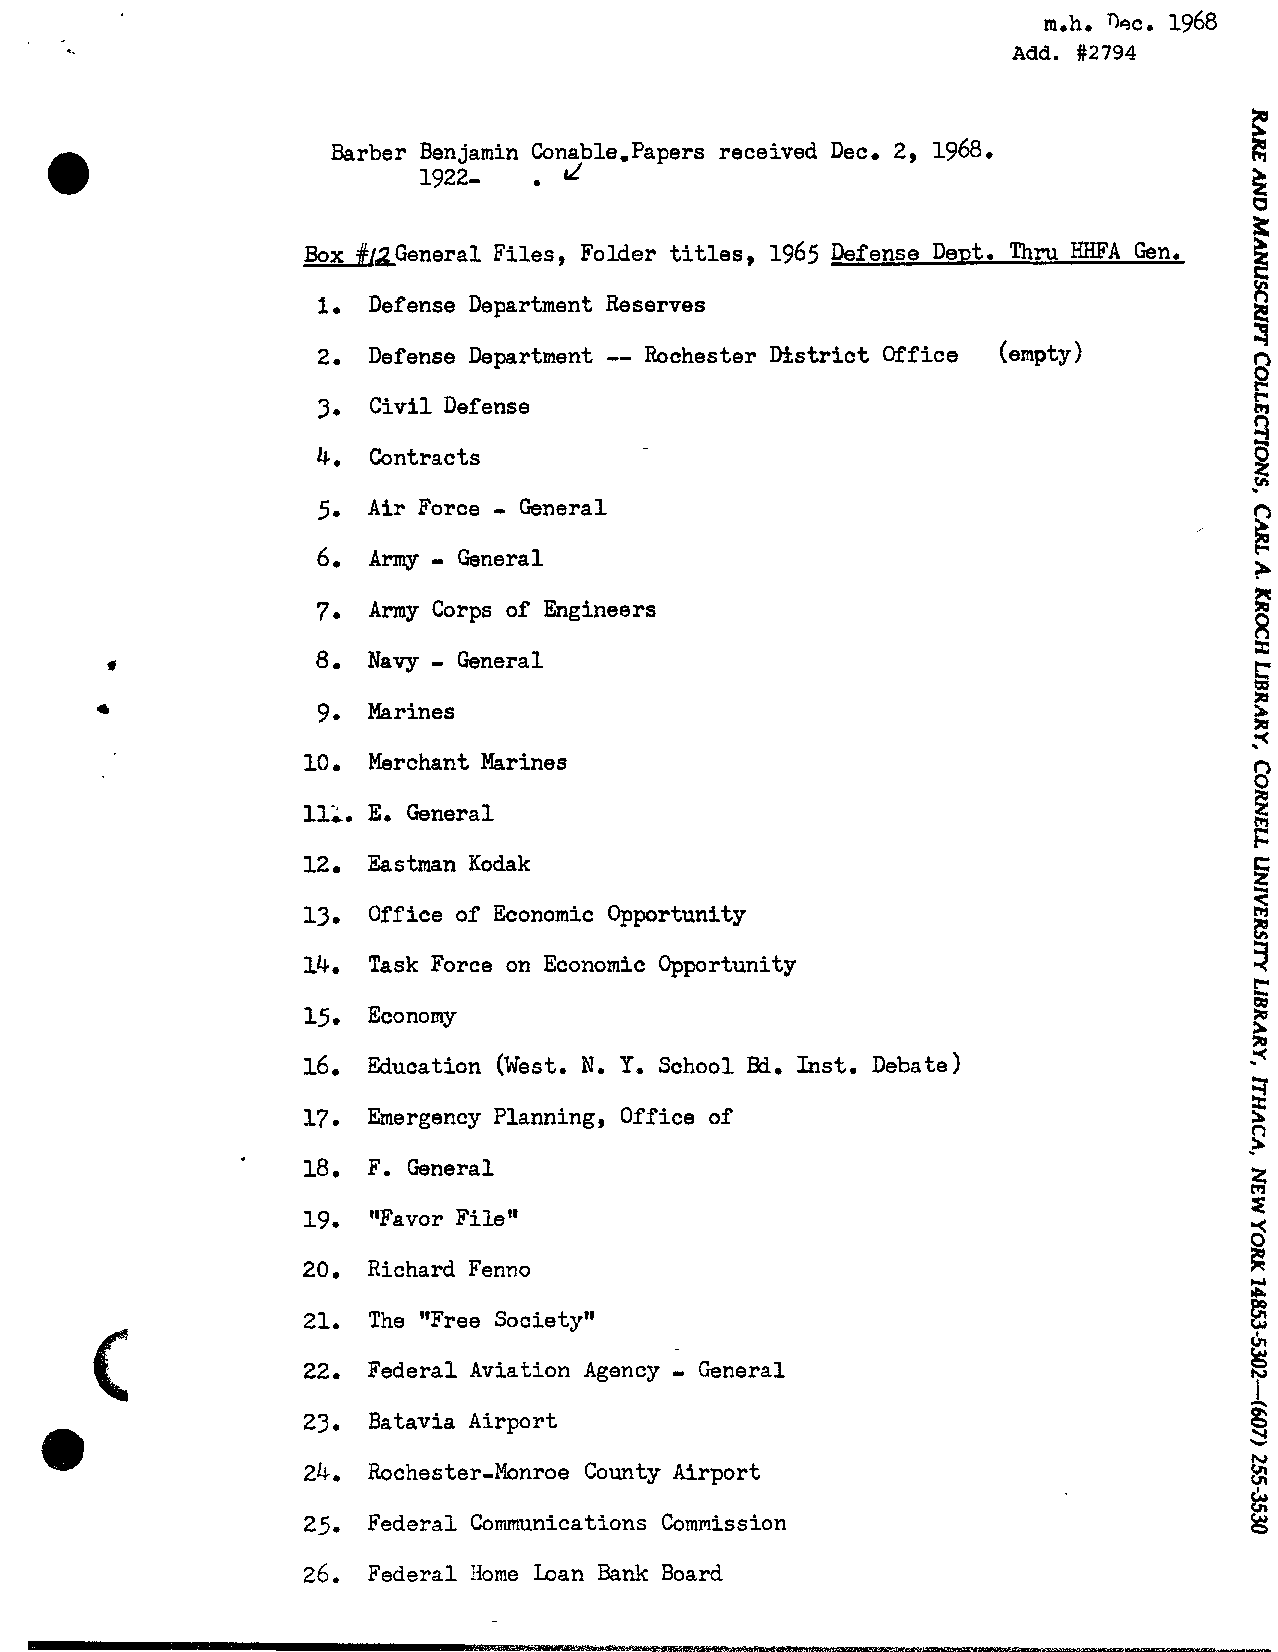
m.h. %c. 1968
 Add. #2794
 .
 .
 Barber Ben jamin Conable, Papers received Dec 2, 1968
 1922-    d
 %
 Box general  Files, Folder titles, 1965 Defense De~t.T hru HHFA Gen. 5
 6
 s
 1. Defense Department Reserves
 --
 2. Defense Department Rochester Bstrict Off ice (enpty)
 3. Civil Defense
 4. Contracts
 -
 5. A i r Force General                                        E
 -
 6. Army  General
 ?
 7. Army Corps of Engineers
 -
 8. Navy  General
 9. Marines
 10. Merchant Marines
 ll*. E. General
 12. Eastman Kodak
 13. Office of Economic Opportunity
 14. Task Force on Economic Opportunity
 15. Economy
 16. Education (West, N. Ye School Bd. Inst. ~ebate)
 17. Emergency Planning, Office of
 18. F. General
 19.  "Favor File"
 20. Richard Fenno
 21.  The "Free Society"
 -
 22. Federal Aviation Agency General
 23.  Batavia Airport
 24.  Rochester-Monroe County Airport
 25. Federal Communications Commission
 some
 26. Federal    Loan Bank Board